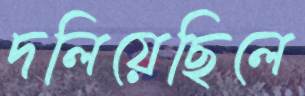
দলিয়েছিলে